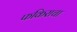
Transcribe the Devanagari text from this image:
फकिराचा